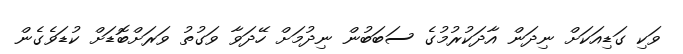
ވަކި ގަޑިއަކަށް ނިދަން އާދަކުރުމުގެ ސަބަބުން ނިދުމަށް ހޭދަވާ ވަގުތު ވަރަށްބޮޑަށް ކުޑަވެގެން